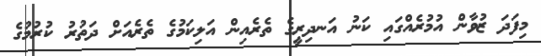
މިފަދަ ޒުވާން އުމުރެއްގައި ކަނު އަނދިރިީގެ ތެރެއިން އަލިކަމުގެ ތެރެއަށް ދަތުރު ކުރުމުގެ